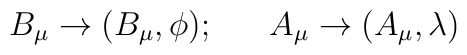
B_{\mu}\rightarrow(B_{\mu},\phi);~~~~~A_{\mu}\rightarrow(A_{\mu},\lambda)